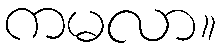
ကမလာ။